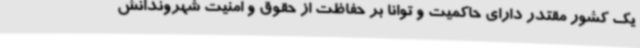
یک کشور مقتدر دارای حاکمیت و توانا بر حفاظت از حقوق و امنیت شهروندانش